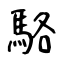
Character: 駱